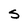
Character: S